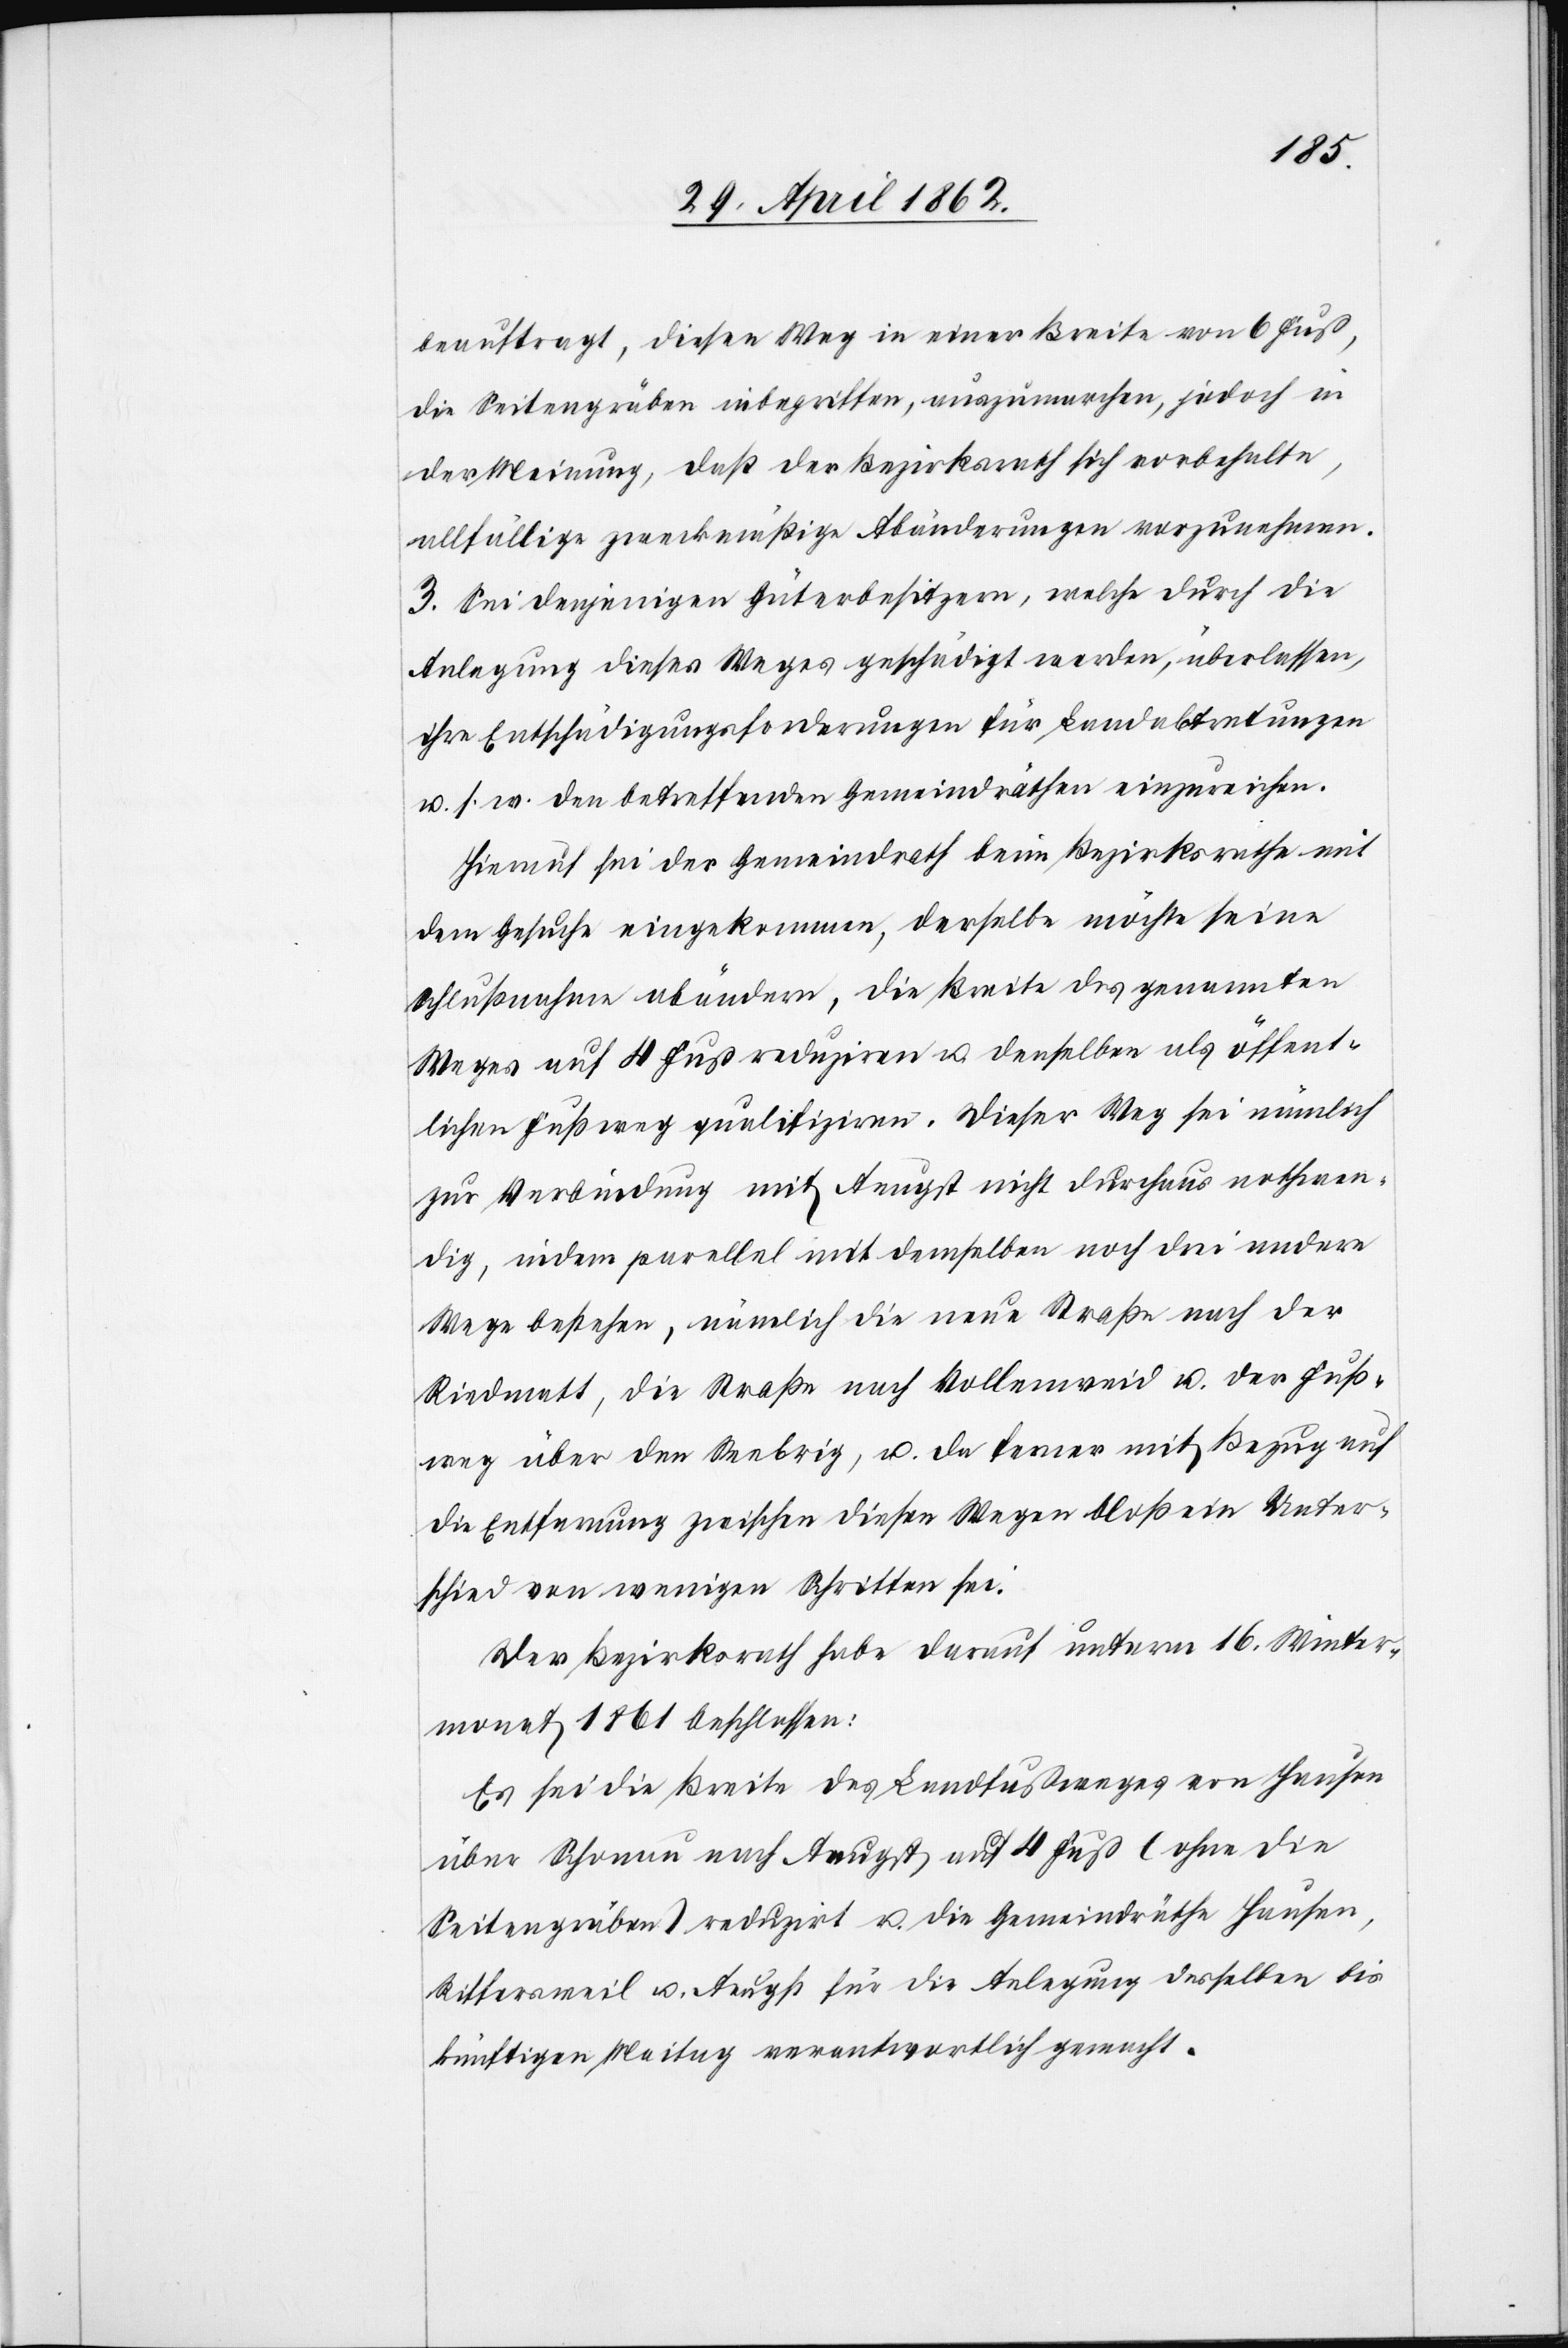
beauftragt, diesen Weg in einer Breite von 6 Fuß,
die Seitengräben inbegriffen, auszumachen, jedoch in
der Meinung, daß der Bezirksrath sich vorbehalte,
allfällige zweckmäßige Abänderungen vorzunehmen.
3. Sei denjenigen Güterbesitzern, welche durch die
Anlegung dieses Weges geschädigt werden, überlassen,
ihre Entschädigungsforderungen für Landabtretungen
u. s. w. den betreffenden Gemeindräthen einzureichen.
Hierauf sei der Gemeindrath beim Bezirksrathe mit
dem Gesuche eingekommen, derselbe möchte seine
Schlußnahme abändern, die Breite des genannten
Weges auf 4 Fuß reduziren u. denselben als öffent¬
lichen Fußweg qualifiziren. Dieser Weg sei nämlich
zur Verbindung mit Aeugst nicht durchaus nothwen¬
dig, indem parallel mit demselben noch drei andere
Wege bestehen, nämlich die neue Straße nach der
Riedmatt, die Straße nach Vollenweid u. der Fuß¬
weg über den Seebrig, u. da ferner mit Bezug auf
die Entfernung zwischen diesen Wegen bloß ein Unter¬
schied von wenigen Schritten sei.
Der Bezirksrath habe darauf unterm 16. Winter¬
monat 1861 beschlossen:
Es sei die Breite des Landfußweges von Hausen
über Schonau nach Aeugst auf 4 Fuß (ohne die
Seitengräben) reduzirt u. die Gemeindräthe Hausen,
Riffersweil u. Aeugst für die Anlegung derselben bis
künftigen Maitag verantwortlich gemacht.